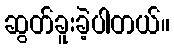
ဆွတ်ခူးခဲ့ပါတယ်။